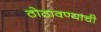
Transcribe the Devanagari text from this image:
ठोठावण्याची